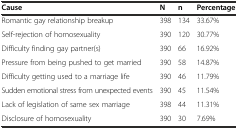
<table><thead><tr><td><b>Cause</b></td><td><b>N</b></td><td><b>n</b></td><td><b>Percentage</b></td></tr></thead><tbody><tr><td>Romantic gay relationship breakup</td><td>398</td><td>134</td><td>33.67%</td></tr><tr><td>Self-rejection of homosexuality</td><td>390</td><td>120</td><td>30.77%</td></tr><tr><td>Difficulty finding gay partner(s)</td><td>390</td><td>66</td><td>16.92%</td></tr><tr><td>Pressure from being pushed to get married</td><td>390</td><td>58</td><td>14.87%</td></tr><tr><td>Difficulty getting used to a marriage life</td><td>390</td><td>46</td><td>11.79%</td></tr><tr><td>Sudden emotional stress from unexpected events</td><td>390</td><td>45</td><td>11.54%</td></tr><tr><td>Lack of legislation of same sex marriage</td><td>398</td><td>44</td><td>11.31%</td></tr><tr><td>Disclosure of homosexuality</td><td>390</td><td>30</td><td>7.69%</td></tr></tbody></table>